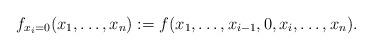
LaTeX: \begin{align*}f_{x_{i}=0}(x_1, \ldots, x_n) := f(x_1, \ldots, x_{i-1}, 0, x_i, \ldots, x_n).\end{align*}